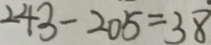
2 4 3 - 2 0 5 = 3 8